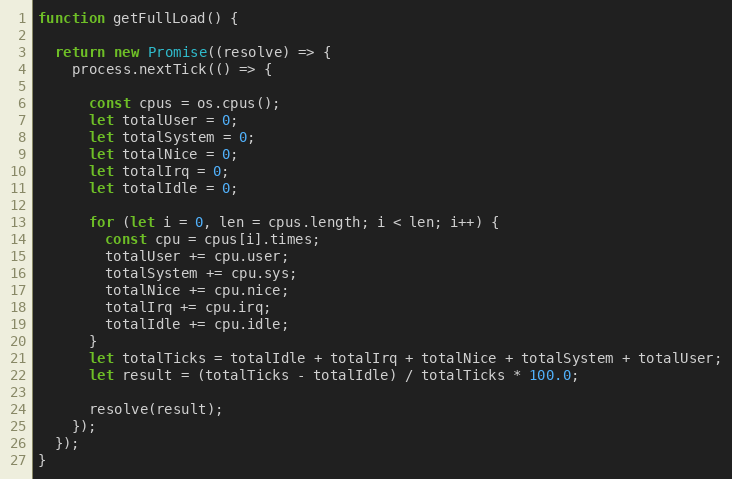
Language: JavaScript
function getFullLoad() {

  return new Promise((resolve) => {
    process.nextTick(() => {

      const cpus = os.cpus();
      let totalUser = 0;
      let totalSystem = 0;
      let totalNice = 0;
      let totalIrq = 0;
      let totalIdle = 0;

      for (let i = 0, len = cpus.length; i < len; i++) {
        const cpu = cpus[i].times;
        totalUser += cpu.user;
        totalSystem += cpu.sys;
        totalNice += cpu.nice;
        totalIrq += cpu.irq;
        totalIdle += cpu.idle;
      }
      let totalTicks = totalIdle + totalIrq + totalNice + totalSystem + totalUser;
      let result = (totalTicks - totalIdle) / totalTicks * 100.0;

      resolve(result);
    });
  });
}